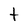
Character: t